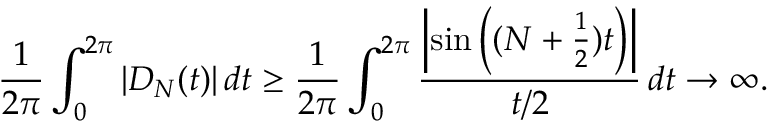
{ \frac { 1 } { 2 \pi } } \int _ { 0 } ^ { 2 \pi } | D _ { N } ( t ) | \, d t \geq { \frac { 1 } { 2 \pi } } \int _ { 0 } ^ { 2 \pi } { \frac { \left| \sin \left( ( N + { \frac { 1 } { 2 } } ) t \right) \right| } { t / 2 } } \, d t \to \infty .